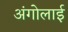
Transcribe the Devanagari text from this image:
अंगोलाई